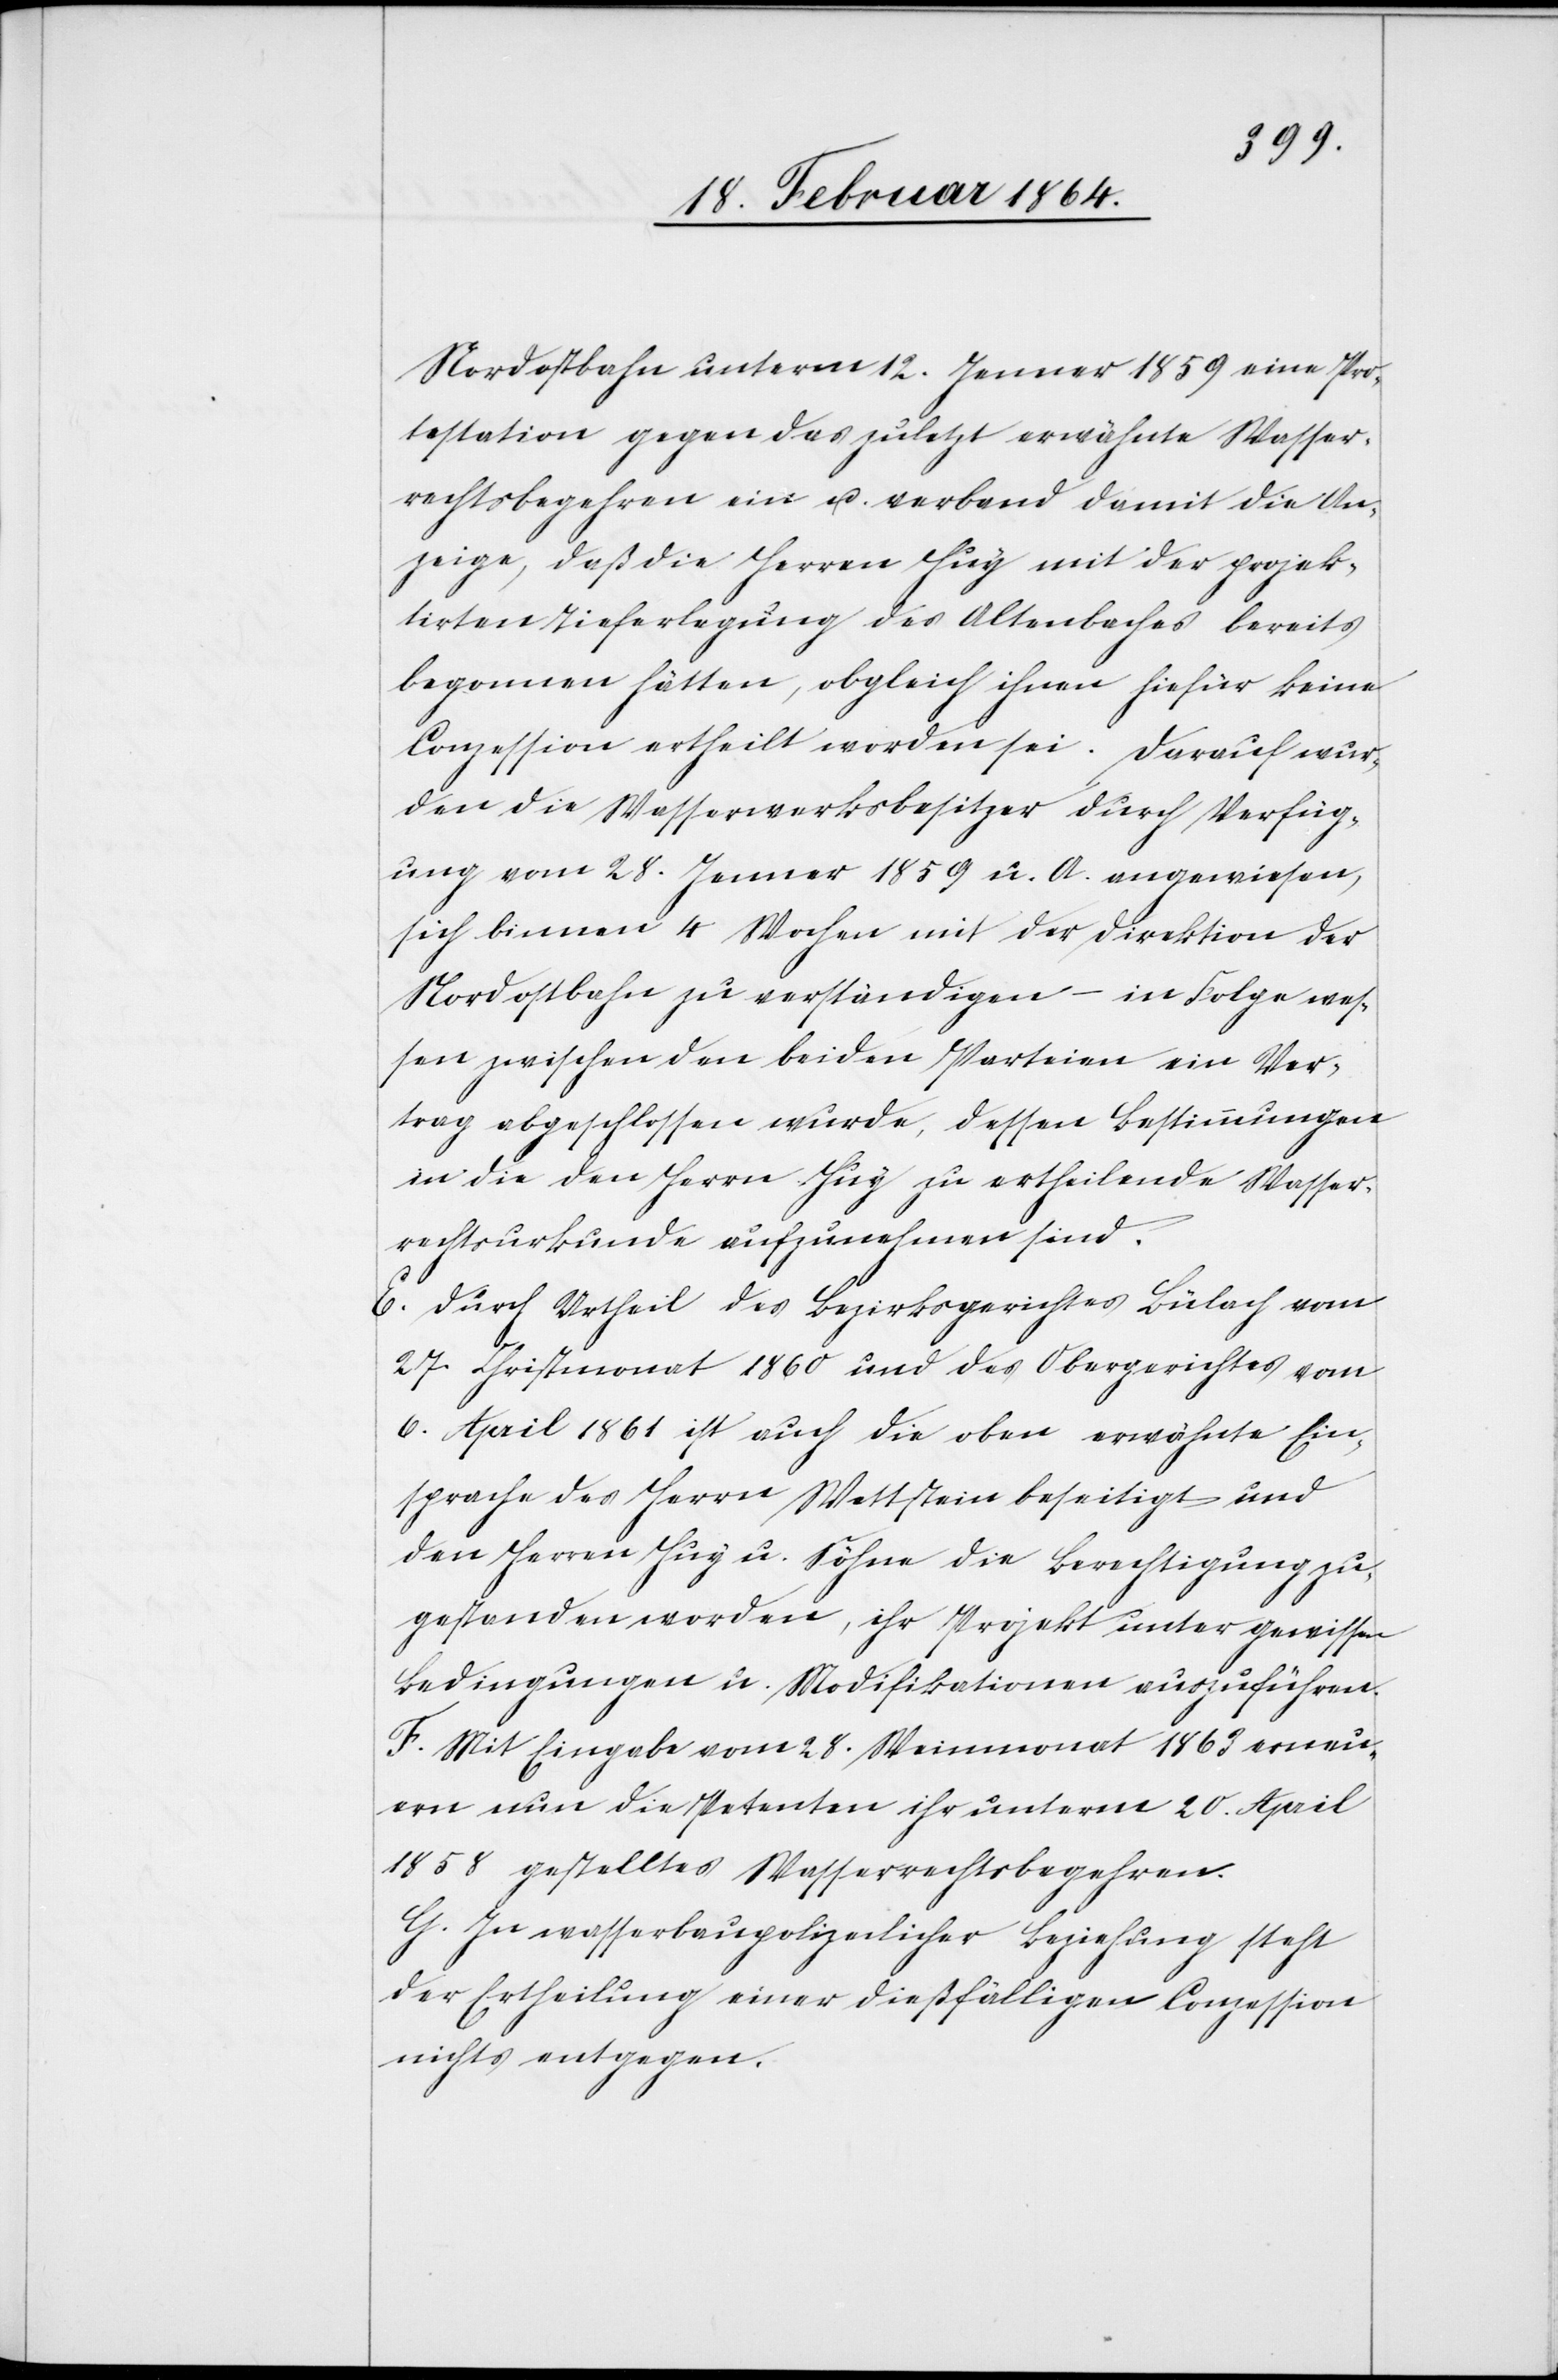
Nordostbahn unterm 12. Jenner 1859 eine Pro¬
testation gegen das zuletzt erwähnte Wasser¬
rechtsbegehren ein u. verband damit die An¬
zeige, daß die Herren Huy mit der projek¬
tirten Tieferlegung des Altenbaches bereits
begonnen hätten, obgleich ihnen hiefür keine
Conzession ertheilt worden sei. Darauf wur¬
den die Wasserwerksbesitzer durch Verfüg¬
ung vom 28. Januar 1859 u. A. angewiesen,
sich binnen 4 Wochen mit der Direktion der
Nordostbahn zu verständigen – in Folge wes¬
sen zwischen den beiden Parteien ein Ver¬
trag abgeschlossen wurde, dessen Bestimmungen
in die den Herrn Huy zu ertheilende Wasser¬
rechtsurkunde aufzunehmen sind
E. Durch Urtheil des Bezirksgerichtes Bülach vom
27. Christmonat 1860 und des Obergerichtes vom
6. April 1861 ist auch die oben erwähnte Ein¬
sprache des Herrn Wettstein beseitigt und
den Herren Huy u. Söhne die Berechtigung zu¬
gestanden worden, ihr Projekt unter gewissen
Bedingungen u. Modifikationen auszuführen.
F. Mit Eingabe vom 28. Weinmonat 1863 erneu¬
ern nun die Petenten ihr unterm 20. April
1858 gestelltes Wasserrechtsbegehren.
G. In wasserbaupolizeilicher Beziehung steht
der Ertheilung einer dießfälligen Conzession
nichts entgegen.